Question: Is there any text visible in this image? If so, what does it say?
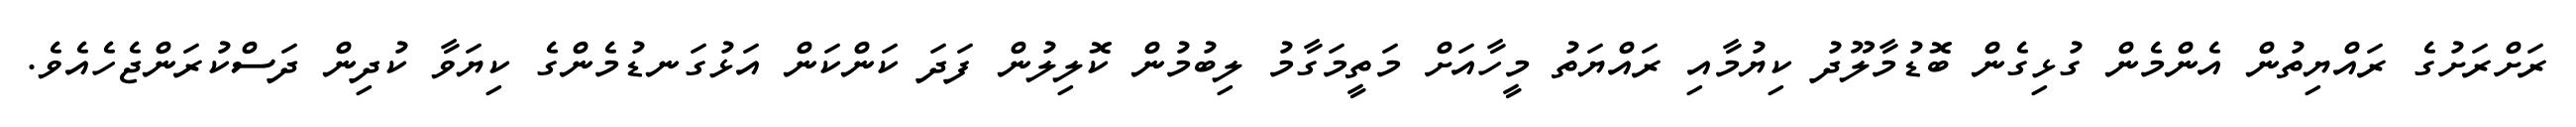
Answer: ރަށްރަށުގެ ރައްޔިތުން އެންމެން ގުޅިގެން ބޮޑުމާލޫދު ކިޔުމާއި ރައްޔަތު މީހާއަށް މަތީމަގާމު ލިބުމުން ކޮލިލުން ފަދަ ކަންކަން އަޅުގަނޑުމެންގެ ކިޔަވާ ކުދިން ދަސްކުރަންޖެހެއެވެ.